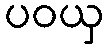
ပဝယှ